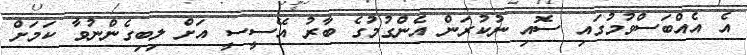
އެ އެއްބަސްވުމުގައި ސޮއި ނުކުރަން އެންގުމުގެ ބާރު އޭސީސީ އަށް ލިބިގެންނުވާ ކަމަށް